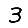
Digit: 3